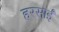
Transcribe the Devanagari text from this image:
हरसाईं